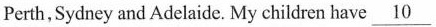
Perth,Sydney and Adelaide. My children have \underline{10}